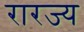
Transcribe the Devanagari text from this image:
रारज्य